Civil Veterinary Dept. Assam report 1911-1927 - 1911-1927
Year: 1911
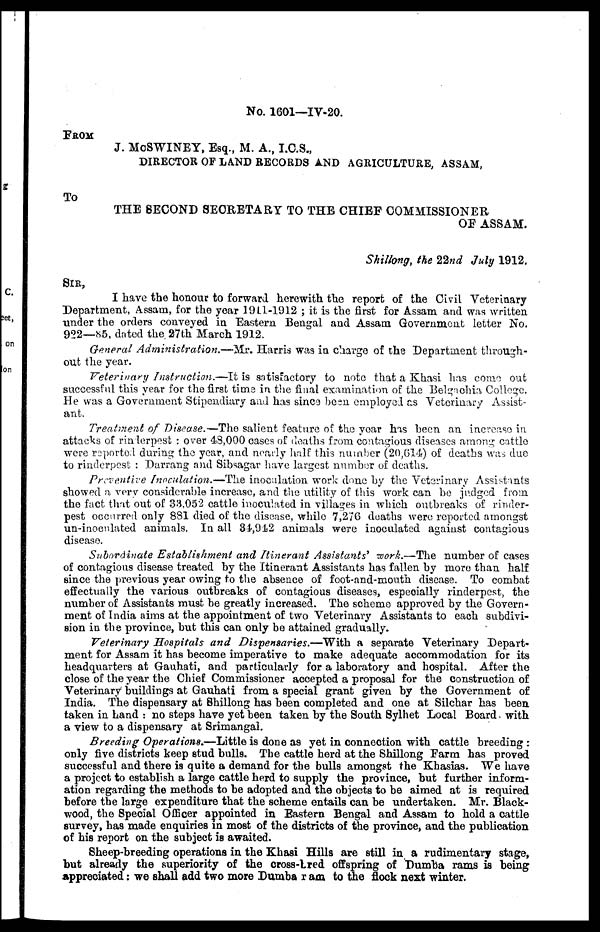
No. 1601—IV-20.
FROM
J. McSWINEY, Esq., M. A., I.C.S.,
DIRECTOR OF LAND RECORDS AND AGRICULTURE, ASSAM,
To
THE SECOND SECRETARY TO THE CHIEF COMMISSIONER
OF ASSAM.
Shillong, the 22nd July 1912.
SIR,
I have the honour to forward herewith the report of the Civil Veterinary
Department, Assam, for the year 1911-1912 ; it is the first for Assam and was written
under the orders conveyed in Eastern Bengal and Assam Government letter No.
922—85, dated the 27th March 1912.
General Administration.—Mr.
Harris was in charge of the Department through-
out the year.
Veterinary Instruction.—It
is satisfactory to note that a Khasi has come out
successful this year for the first time in the final examination of the Belgaohia College.
He was a Government Stipendiary and has since been employed as Veterinary Assist-
ant.
Treatment of Disease.—The salient feature of the year has been an increase in
attacks of rinderpest : over 48,000 cases of deaths from contagious diseases among cattle
were reported during the year, and nearly half this number (20,614) of deaths was due
to rinderpest : Darrang and Sibsagar have largest number of deaths.
Preventive inoculation.—The inoculation work done by the Veterinary Assistants
showed a very considerable increase, and the utility of this work can be judged from
the fact that out of 33,052 cattle inoculated in villages in which outbreaks of rinder-
pest occurred only 881 died of the disease, while 7,276 deaths were reported amongst
un-inocnlated animals. In all 84,912 animals were inoculated against contagious
disease.
Subordinate Establishment and Itinerant Assistants' work.—The number of cases
of contagious disease treated by the Itinerant Assistants has fallen by more than half
since the previous year owing to the absence of foot-and-mouth disease. To combat
effectually the various outbreaks of contagious diseases, especially rinderpest, the
number of Assistants must be greatly increased. The scheme approved by the Govern-
ment of India aims at the appointment of two Veterinary Assistants to each subdivi-
sion in the province, but this can only be attained gradually.
Veterinary Hospitals and Dispensaries.—With
a separate Veterinary Depart-
ment for Assam it has become imperative to make adequate accommodation for its
headquarters at Gauhati, and particularly for a laboratory and hospital. After the
close of the year the Chief Commissioner accepted a proposal for the construction of
Veterinary buildings at Gauhati from a special grant given by the Government of
India. The dispensary at Shillong has been completed and one at Silchar has been
taken in hand : no steps have yet been taken by the South Sylhet Local Board with
a view to a dispensary at Srimangal.
Breeding Operations.—Little is done as yet in connection with cattle breeding :
only five districts keep stud bulls. The cattle herd at the Shillong Farm has proved
successful and there is quite a demand for the bulls amongst the Khasias. We have
a project to establish a large cattle herd to supply the province, but further inform-
ation regarding the methods to he adopted and the objects to be aimed at is required
before the large expenditure that the scheme entails can be undertaken. Mr. Black-
wood, the 8pecial Officer appointed in Eastern Bengal and Assam to hold a cattle
survey, has made enquiries in most of the districts of the province, and the publication
of his report on the subject is awaited.
Sheep-breeding operations in the Khasi Hills are still in a rudimentary stage,
but already the superiority of the cross-bred offspring of Dumba rams is being
Appreciated: we shall add two more Dumba ram to the flock next winter.